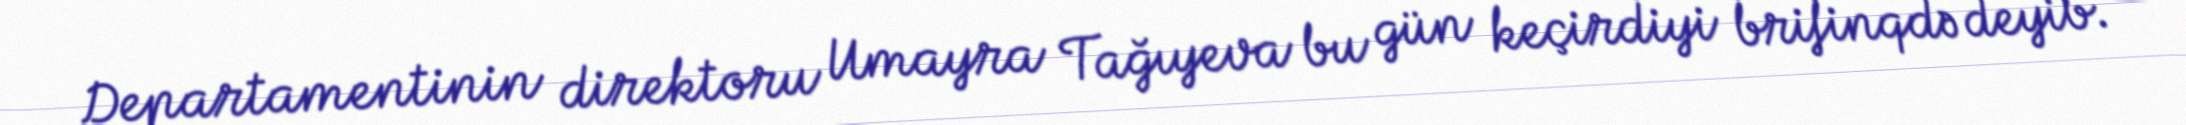
Departamentinin direktoru Umayra Tağıyeva bu gün keçirdiyi brifinqdə deyib.